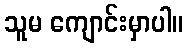
သူမ ကျောင်းမှာပါ။